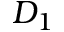
D _ { 1 }